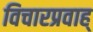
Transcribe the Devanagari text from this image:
विचारप्रवाह्